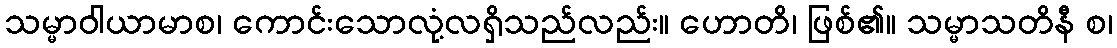
သမ္မာဝါယာမာစ၊ ကောင်းသောလုံ့လရှိသည်လည်း။ ဟောတိ၊ ဖြစ်၏။ သမ္မာသတိနီ စ၊